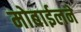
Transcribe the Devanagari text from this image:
मोबाईलने